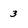
Character: 3